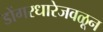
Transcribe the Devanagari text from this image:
डोंगरधारेजवळून